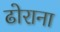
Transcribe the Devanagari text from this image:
ढोराना